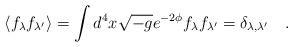
LaTeX: \begin{align*}\langle f_{\lambda} f_{\lambda'} \rangle = \int d^4x \sqrt{-g}e^{-2\phi}f_{\lambda} f_{\lambda'} =\delta_{\lambda,\lambda'} \quad .\end{align*}